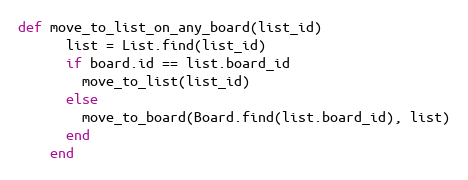
Language: Ruby
def move_to_list_on_any_board(list_id)
      list = List.find(list_id)
      if board.id == list.board_id
        move_to_list(list_id)
      else
        move_to_board(Board.find(list.board_id), list)
      end
    end